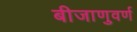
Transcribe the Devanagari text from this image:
बीजाणुवर्ण